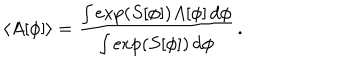
\langle A [ \phi ] \rangle = \frac { \int \exp \left( S [ \phi ] \right) A [ \phi ] \, d \phi } { \int \exp \left( S [ \phi ] \right) \, d \phi } \, .